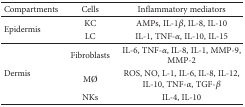
<table><thead><tr><td><b>Compartments</b></td><td><b>Cells</b></td><td><b>Inflammatory mediators</b></td></tr></thead><tbody><tr><td rowspan="2">Epidermis</td><td>KC</td><td>AMPs, IL-1<i>β</i>, IL-8, IL-10</td></tr><tr><td>LC</td><td>IL-1, TNF-<i>α</i>, IL-10, IL-15</td></tr><tr><td rowspan="3">Dermis</td><td>Fibroblasts</td><td>IL-6, TNF-<i>α</i>, IL-8, IL-1, MMP-9, MMP-2</td></tr><tr><td>MØ</td><td>ROS, NO, L-1, IL-6, IL-8, IL-12, IL-10, TNF-<i>α</i>, TGF-<i>β</i></td></tr><tr><td>NKs</td><td>IL-4, IL-10</td></tr></tbody></table>